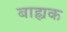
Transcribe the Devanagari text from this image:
बाह्यक